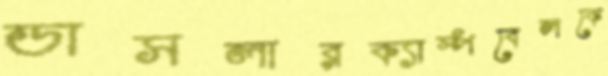
ডাসলারক্যাম্পবেলকে